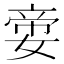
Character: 㛳